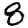
Digit: 8